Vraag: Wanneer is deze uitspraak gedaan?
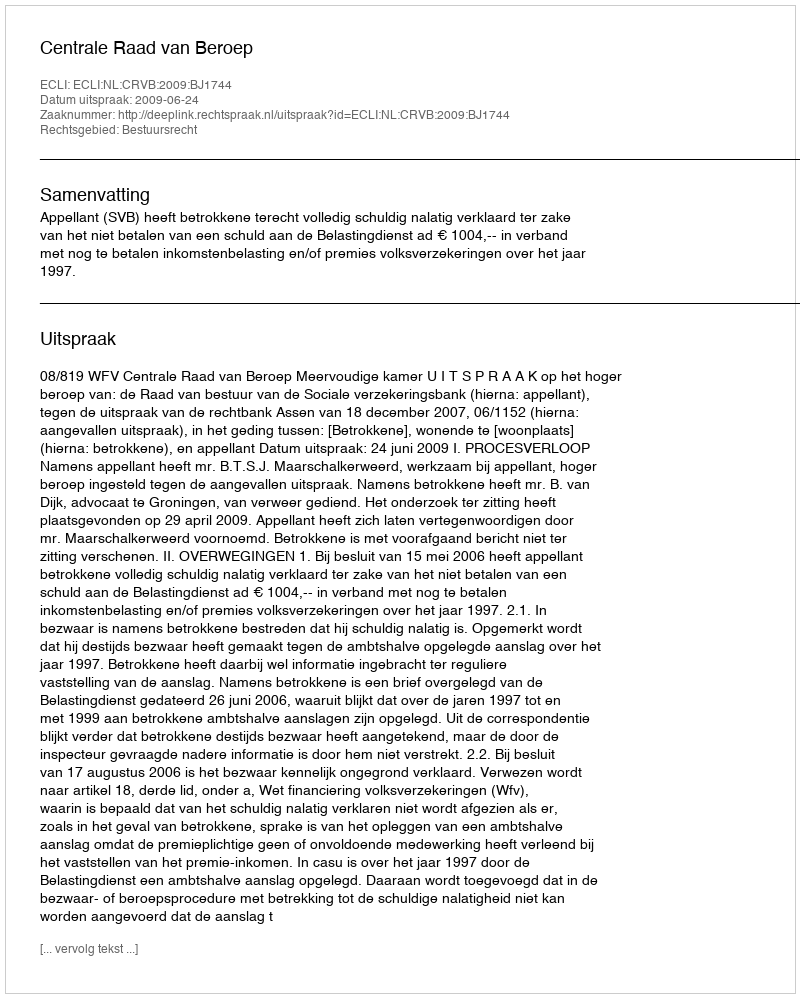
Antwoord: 2009-06-24